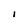
Character: I